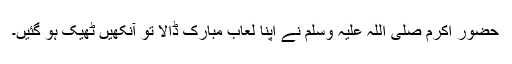
حضور اکرم صلی اللہ علیہ وسلم نے اپنا لعاب مبارک ڈالا تو آنکھیں ٹھیک ہو گئیں۔